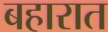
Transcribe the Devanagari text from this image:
बहारात